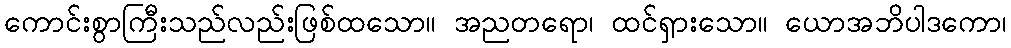
ကောင်းစွာကြီးသည်လည်းဖြစ်ထသော။ အညတရော၊ ထင်ရှားသော။ ယောအဘိပါဒကော၊